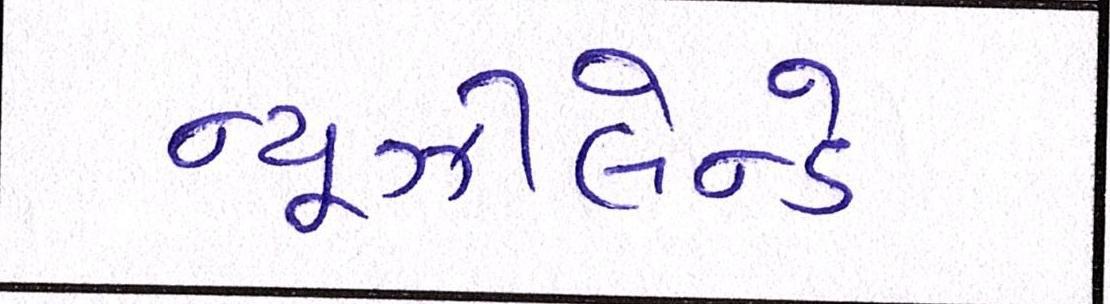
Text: ન્યૂઝીલેન્ડે